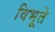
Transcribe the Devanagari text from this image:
विभूते